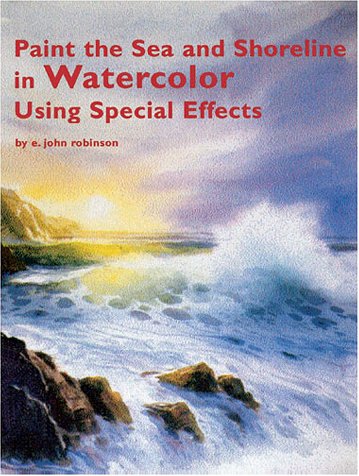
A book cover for Paint the Sea and Shoreline in Watercolors Using Special Effects; E. John Robinson; Arts & Photography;